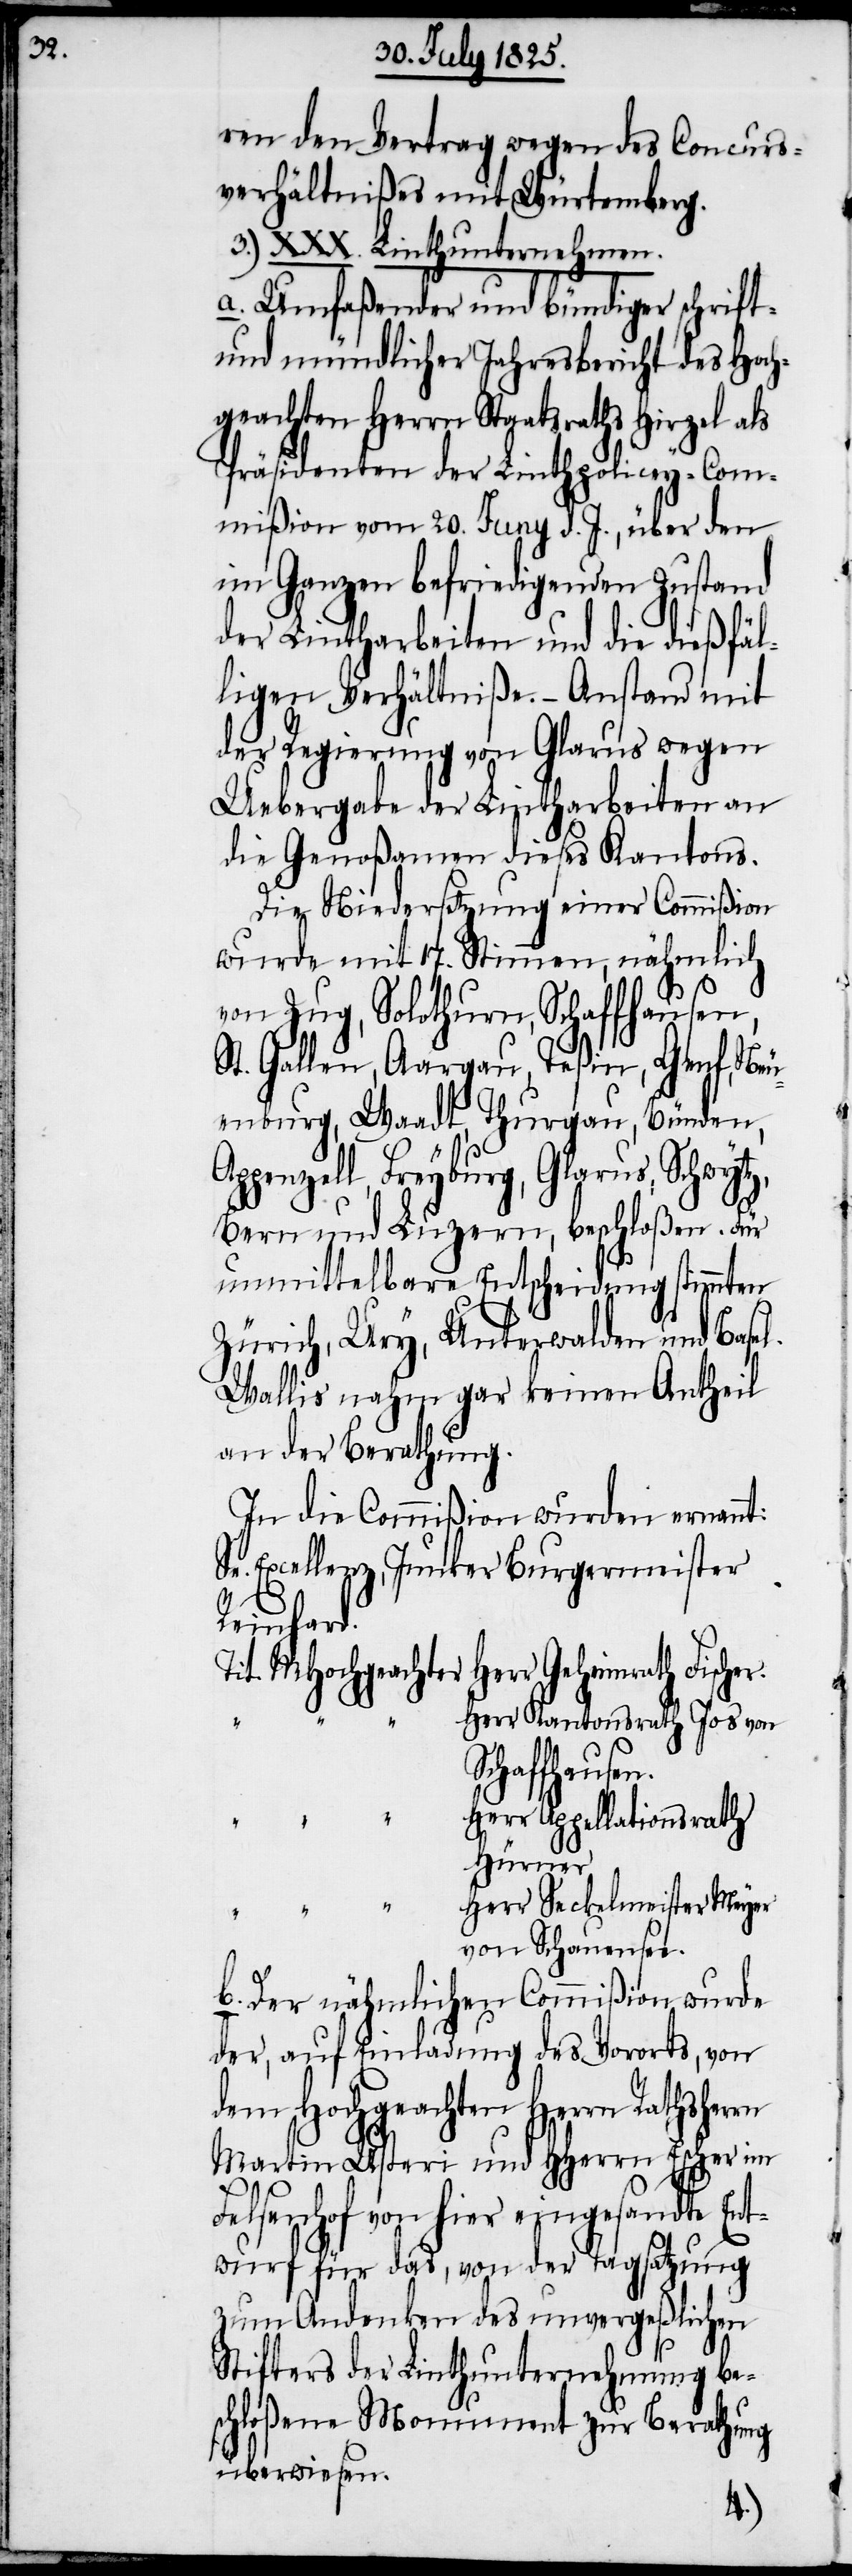
ren den Vertrag wegen des Concurs¬
verhältnißes mit Würtemberg.
3.) XXX. Linthunternehmen.
a. Umfaßender und bündiger schrift-
und mündlicher Jahresbericht des Hoch¬
geachten Herrn Staatsraths Hirzel als
Präsidenten der Linthpolicey-Com¬
mission vom 20. Juny d. J., über den
im Ganzen befriedigenden Zustand
der Lintharbeiten und die dießfäl¬
ligen Verhältniße. – Anstand mit
der Regierung von Glarus wegen
Uebergabe der Lintharbeiten an
die Genoßamen dieses Kantons.
Die Niedersetzung einer Commißion
wurde mit 17. Stimmen, nähmlich
von Zug, Solothurn, Schaffhausen,
St. Gallen, Aargau, Teßin, Genf, Neu¬
enburg, Waadt, Thurgau, Bünden,
Appenzell, Freyburg, Glarus, Schwytz,
Bern und Luzern, beschloßen. Für
unmittelbare Entscheidung stimmten
Zürich, Ury, Unterwalden und Basel.
Wallis nahm gar keinen Antheil
an der Berathung.
In die Commißion wurden ernannt.
Excellenz, Junker Burgermeister
Reinhard.
Tit. MHochgeachter	Herr Geheimrath Fischer.
err Kantonsrath Jos von
Schaffhause¬
err Appellationsrath
Hürner.
“		H¬
err Seckelmeister Meyer
von Schonensee.
b. Der nähmlichen Commißion wurde
der, auf Einladung des Vororts, von
dem Hochgeachten Herrn Rathsherrn
Martin Usteri und Hherrn Escher im
Felsenhof von hier eingesandte Ent¬
wurf für das, von der Tagsatzung
zum Andenken des unvergeßlichen
Stifters der Linthunternehmung be¬
schloßene Monument zur Berathung
überwiesen.